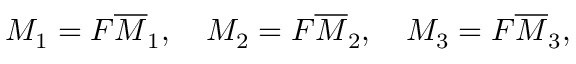
M _ { 1 } = F \overline { { { M } } } _ { 1 } , \ \ \ M _ { 2 } = F \overline { { { M } } } _ { 2 } , \ \ \ M _ { 3 } = F \overline { { { M } } } _ { 3 } ,